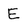
Character: E